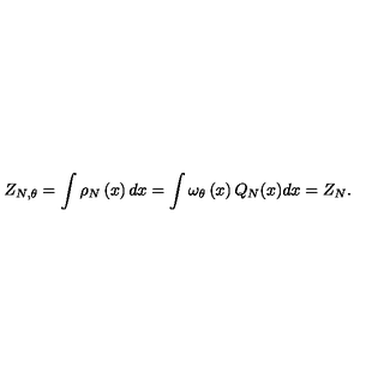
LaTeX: Z _ { N , \theta } = \int \rho _ { N } \left( x \right) d x = \int \omega _ { \theta } \left( x \right) Q _ { N } ( x ) d x = Z _ { N } .